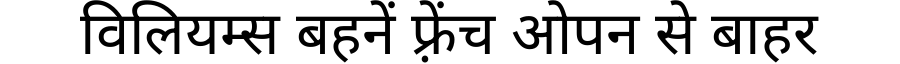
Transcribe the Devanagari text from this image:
विलियम्स बहनें फ़्रेंच ओपन से बाहर